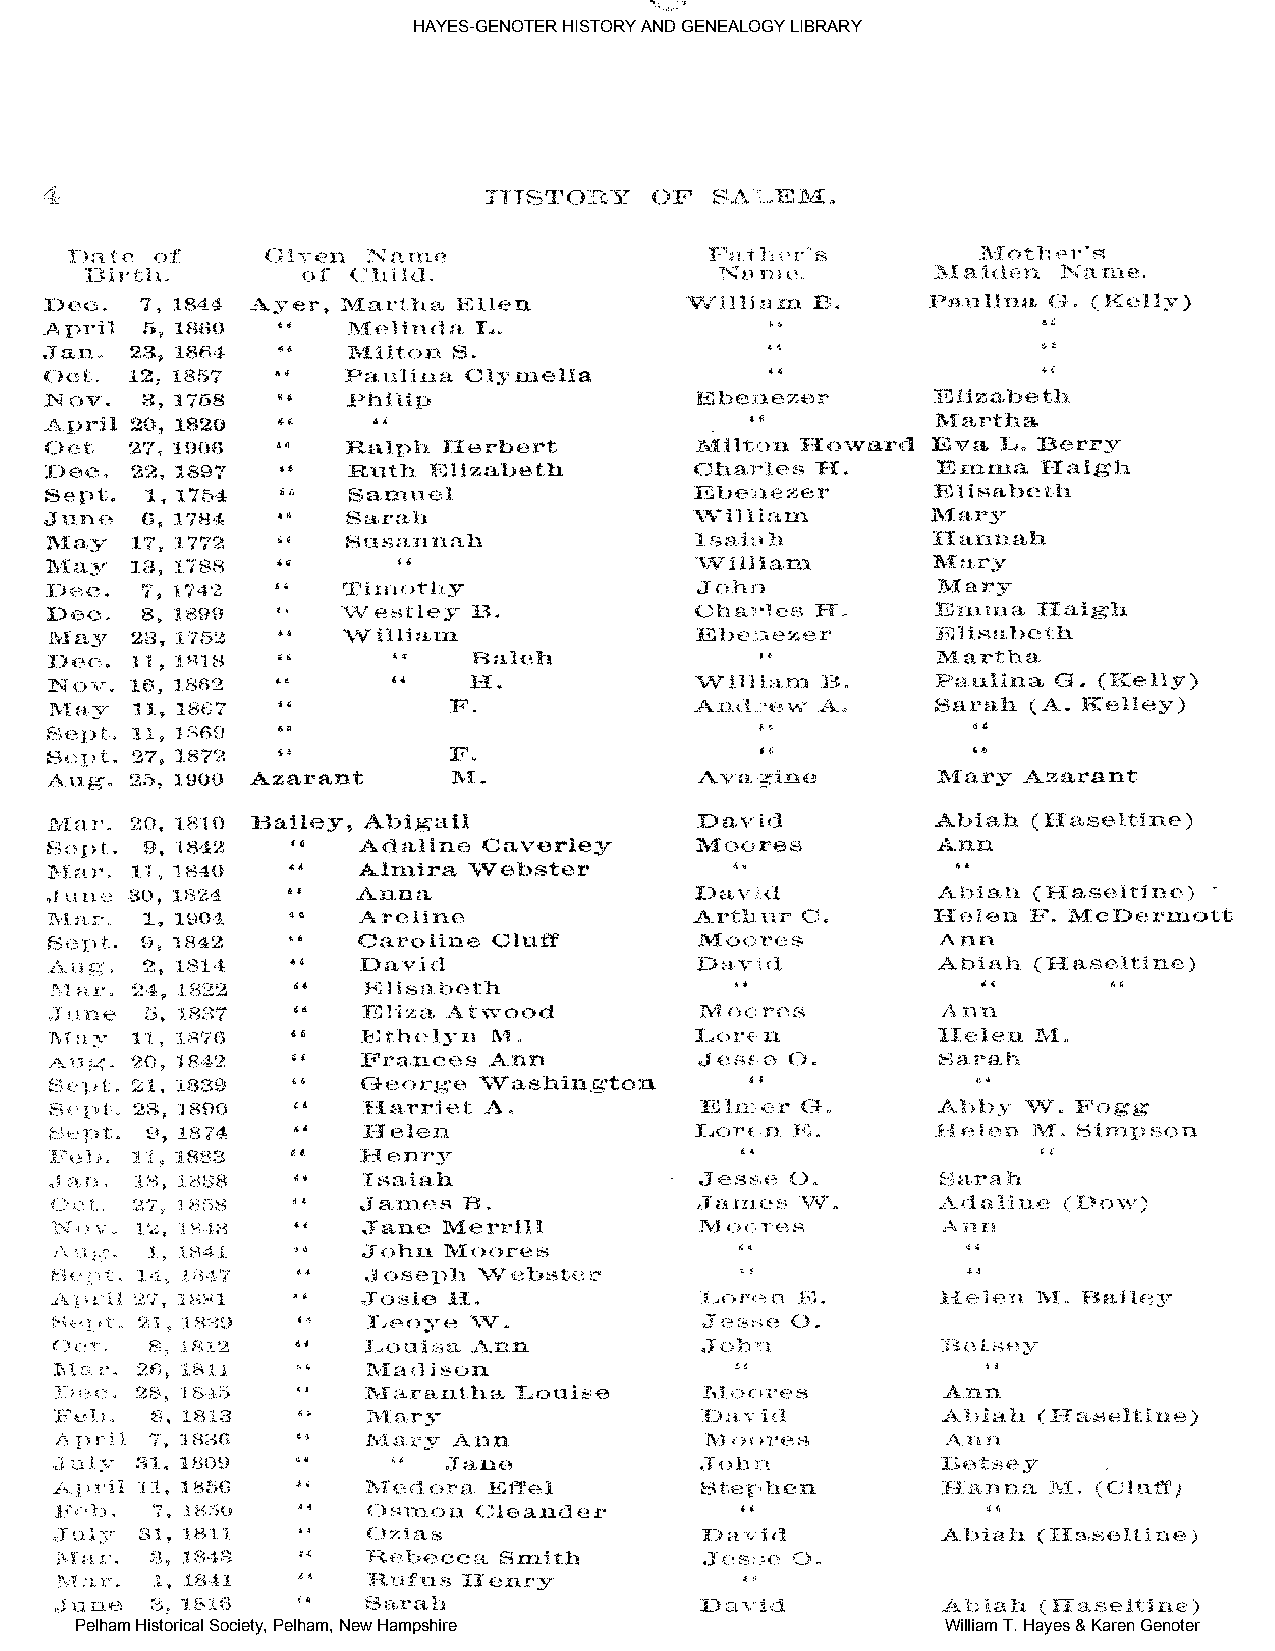
HAYES-GENOTER HISTORY AND GENEALOGY LIBRARY
 Pelham Historical Society, Pelham, New Hampshire          William T. Hayes & Karen Genoter